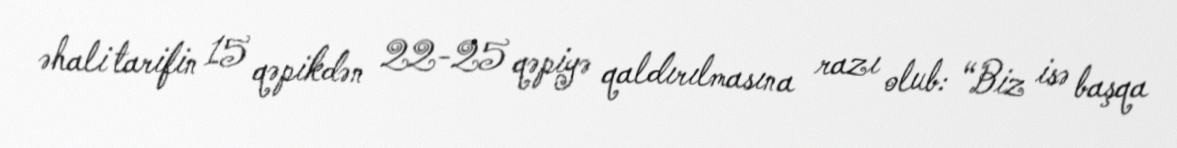
əhali tarifin 15 qəpikdən 22-25 qəpiyə qaldırılmasına razı olub: “Biz isə başqa